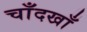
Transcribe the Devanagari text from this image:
चाँदखाँ